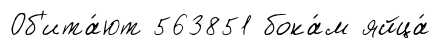
Об'ита́ют 563851 бока́м яйца́